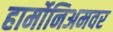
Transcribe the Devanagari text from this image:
हार्मोनिअमवर